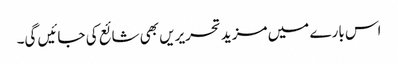
اس بارے میں مزید تحریریں بھی شائع کی جائیں گی۔